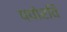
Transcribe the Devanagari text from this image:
पपोरवि